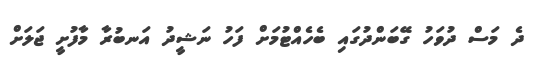
ދެ މަސް ދުވަހު ގޭބަންދުގައި ބެހެއްޓުމަށް ފަހު ނަޝީދު އަނބުރާ މާފުށީ ޖަލަށް